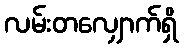
လမ်းတလျှောက်ရှိ